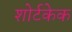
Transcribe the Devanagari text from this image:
शोर्टकेक